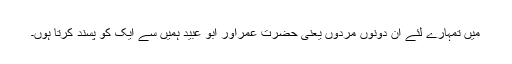
میں تمہارے لئے ان دونوں مردوں یعنی حضرت عمراور ابو عبید ہمیں سے ایک کو پسند کرتا ہوں۔